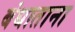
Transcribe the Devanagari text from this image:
बंधाताना